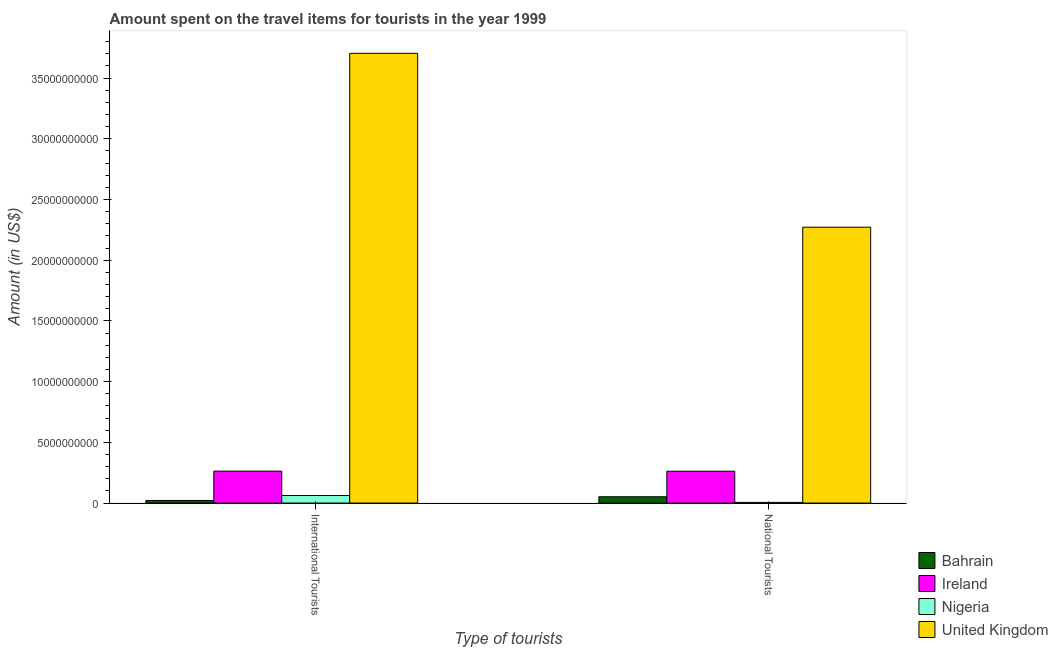
| Type of tourists | Bahrain | Ireland | Nigeria | United Kingdom |
 | --- | --- | --- | --- | --- |
 | International Tourists | 2.12e+08 | 2.63e+09 | 6.2e+08 | 3.7e+10 |
 | National Tourists | 5.18e+08 | 2.62e+09 | 5.4e+07 | 2.27e+10 |